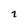
Character: 2